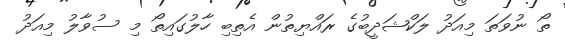
ތޯ ނުވަތަ މިއަދު ލަކްޝަދީބުގެ ރައްޔިތުން އެތިބި ހާލުގައިތޯ މި ސުވާލު މިއަދު